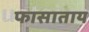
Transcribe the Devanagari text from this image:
फासाताय